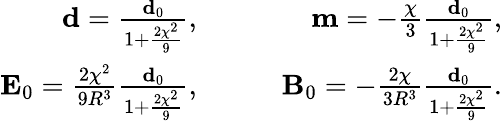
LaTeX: \begin{array}{rlr}{\mathbf{d}=\frac{\mathbf{d}_{0}}{1+\frac{2\chi^{2}}{9}},}&{\quad}&{\mathbf{m}=-\frac{\chi}{3}\frac{\mathbf{d}_{0}}{1+\frac{2\chi^{2}}{9}},}\\ {\mathbf{E}_{0}=\frac{2\chi^{2}}{9R^{3}}\frac{\mathbf{d}_{0}}{1+\frac{2\chi^{2}}{9}},}&{\quad}&{\mathbf{B}_{0}=-\frac{2\chi}{3R^{3}}\frac{\mathbf{d}_{0}}{1+\frac{2\chi^{2}}{9}}.}\end{array}